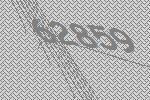
62859